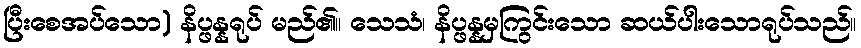
ပြီးစေအပ်သော) နိပ္ဖန္နရုပ် မည်၏။ သေသံ၊ နိပ္ဖန္နမှကြွင်းသော ဆယ်ပါးသောရုပ်သည်။